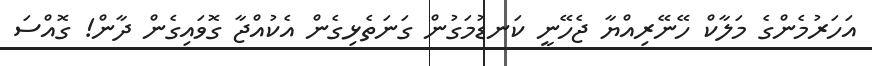
އަހަރުމެންގެ މަލާކް ހޭނޭރިއްޔާ ޖެހޭނީ ކަނޑުމަގުން ގަނަތެޅިގެން އެކުއްޖާ ގޮވައިގެން ދާން! ގޮއްސަ